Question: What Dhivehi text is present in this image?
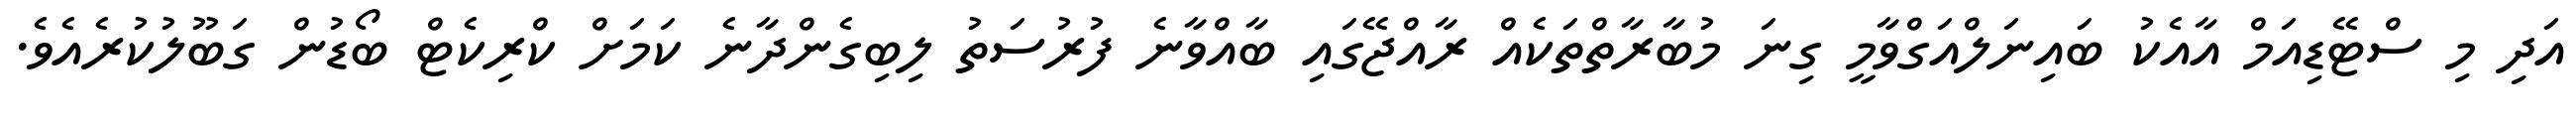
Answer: އަދި މި ސްޓޭޑިއަމް އާއެކު ބައިނަލްއަގްވާމީ ގިނަ މުބާރާތްތަކެއް ރާއްޖޭގައި ބާއްވާނެ ފުރުސަތު ލިބިގެންދާނެ ކަމަށް ކްރިކެޓް ބޯޑުން ގަބޫލުކުރެއެވެ.